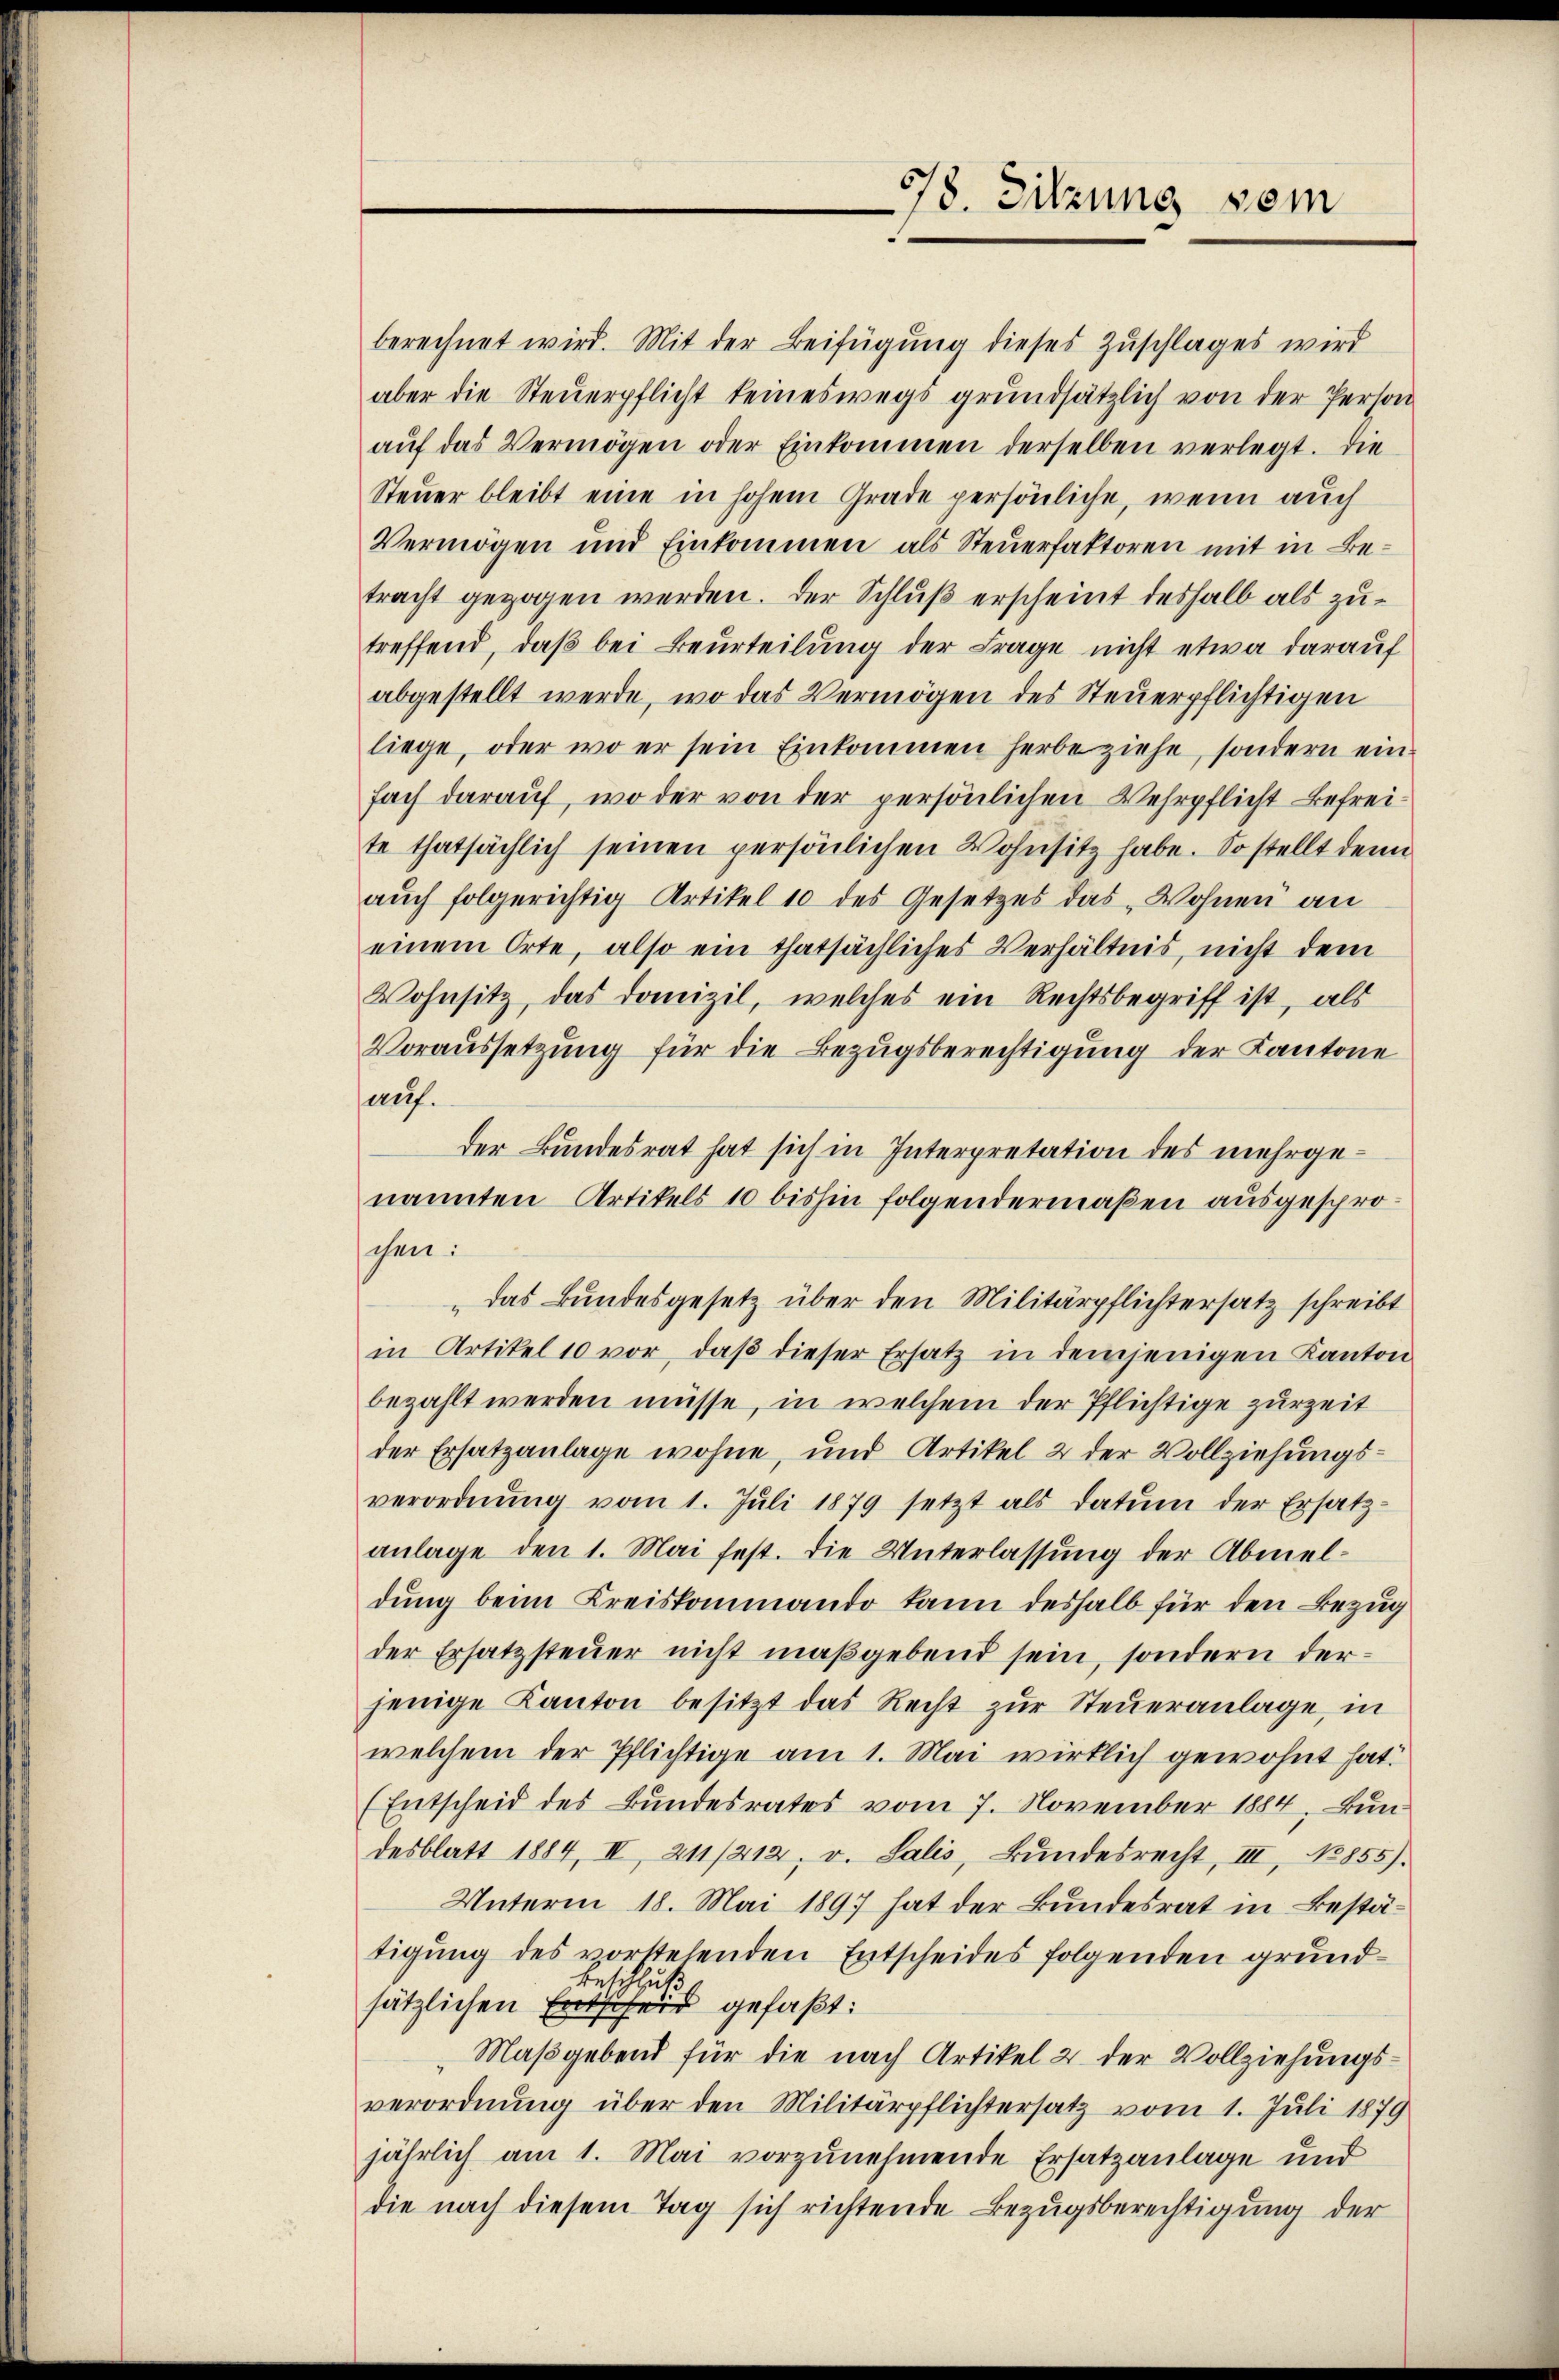
berechnet wird. Mit der Beifügung dieses Zuschlages wird
aber die Steŭerpflicht keineswegs grundsätzlich von der Person
aŭf das Vermögen oder Einkommen derselben verlegt. Die
Steuer bleibt eine in hohem Grade persönliche, wenn auch
Vermögen und Einkommen als Steuerfaktoren mit in Betracht gezogen werden. Der Schluß erscheint deshalb als zutreffend, daß bei Beurteilung der Frage nicht etwa darauf
abgestellt werde, wo das Vermögen des Steuerpflichtigen
liege, oder wo er sein Einkommen herbeziehe, sondern einfach darauf, wo der von der persönlichen Wehrpflicht Befreite thatsächlich seinen persönlichen Wohnsitz habe. So stellt denn
aŭch folgerichtig Artikel 10 des Gesetzes das Wohnen an
einem Orte, also ein thatsächliches Verhältnis, nicht dem
Wohnsitz, das Domizil, welches ein Rechtsbegriff ist, als
Voraussetzung für die Bezugsberechtigung der Kantone
auf.
der Bundesrat hat sich in Interpretation des mehrgenannten Artikels 10 bishin folgendermaßen ausgesproschen:
„das Bundesgesetz über den Militärpflichtersatz schreibt
in Artikel 10 vor, daβ dieser Ersatz in demjenigen Kanton
bezahlt werden müsse, in welchem der Pflichtige zurzeit
der Ersatzanlage wohne, und Artikel 2 der Vollziehungsverordnŭng vom 1. Jŭli 1879 setzt als datum der Ersatz-
anlage den 1. Mai fest. Die Unterlassung der Abmel-
dung beim Kreiskommando kann deshalb für den Bezug
der Ersatzsteuer nicht maßgebend sein, sondern derjenige Kanton besitzt das Recht zŭr Steŭeranlage, in
welchem der Pflichtige am 1. Mai wirklich gewohnt hat.
(Entscheid des Bundesrates vom 7. November 1884. Bundesblatt 1884, II, 211/212. v. Salis, Bŭndesrecht, III, No 855).
Unterm 18. Mai 1897 hat der Bundesrat in Bestätigung des vorstelenden Entscheides folgenden grund¬
Betre
huti
sätzlichen Entscheid gefaßt:
Maßgebend für die nach Artikel 2 der Vollziehungsverordnung über den Militärpflichtersatz vom 1. Juli 1879
jährlich am 1. Mai vorzunehmende Ersatzanlage und
die nach diesem Tag sich richtende Bezugsberechtigung der

78. Sitzung vom